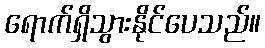
ရောက်ရှိသွားနိုင်ပေသည်။